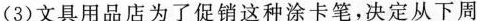
(3)文具用品店为了促销这种涂卡笔，决定从下周